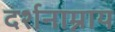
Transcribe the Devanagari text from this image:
दर्शनाम्नाय